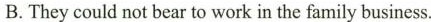
B.They could not bear to work in the family business.